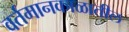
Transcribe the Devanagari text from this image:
वर्तमानकाळातील